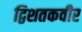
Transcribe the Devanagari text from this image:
द्विशतकवीर